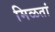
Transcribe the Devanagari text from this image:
मिळतां